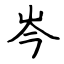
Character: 岑